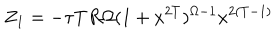
Z _ { 1 } = - \tau T R \Omega ( 1 + x ^ { 2 T } ) ^ { \Omega - 1 } { x ^ { 2 ( T - 1 ) } }